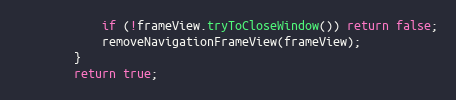
Language: Java
			if (!frameView.tryToCloseWindow()) return false;
			removeNavigationFrameView(frameView);
		}
		return true;